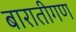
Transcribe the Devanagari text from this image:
बारातीगण